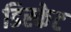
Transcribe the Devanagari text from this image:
डिस्केट